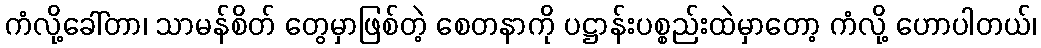
ကံလို့ခေါ်တာ၊ သာမန်စိတ် တွေမှာဖြစ်တဲ့ စေတနာကို ပဋ္ဌာန်းပစ္စည်းထဲမှာတော့ ကံလို့ ဟောပါတယ်၊